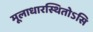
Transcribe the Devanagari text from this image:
मूलाधारस्थितोऽसि